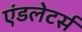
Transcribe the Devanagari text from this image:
एंडलेटर्स